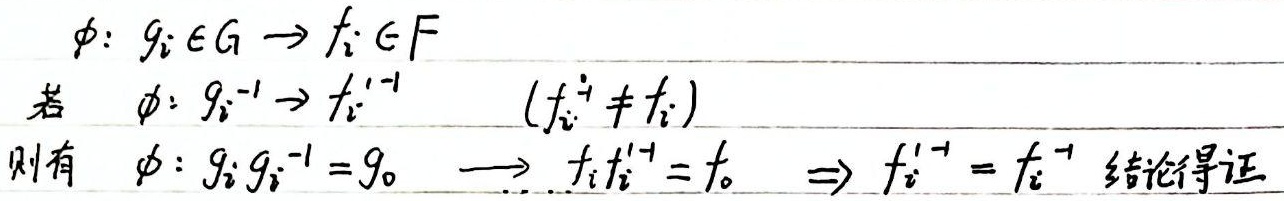
定义映射\(\phi\)：\(g_{i} \in G \to f_{i} \in F\)。
若\(\phi\)满足：\(g_{i}^{-1} \to f_{i}^{\prime -1} \quad (f_{i}^{\prime -1} \neq f_{i}^{-1})\)，
则有\(\phi\)：\(g_{i}g_{i}^{-1} = g_{0} \longrightarrow f_{i}f_{i}^{\prime -1} = f_{0} \Rightarrow f_{i}^{\prime -1} = f_{i}^{-1}\)，结论得证。

\[
\begin{align}
&\phi: g_{i} \in G \to f_{i} \in F\\
&\text{若 }\phi: g_{i}^{-1} \to f_{i}^{\prime -1} \quad (f_{i}^{\prime -1} \neq f_{i}^{-1})\\
&\text{则有 }\phi: g_{i}g_{i}^{-1} = g_{0} \longrightarrow f_{i}f_{i}^{\prime -1} = f_{0} \Rightarrow f_{i}^{\prime -1} = f_{i}^{-1}
\end{align}
\]